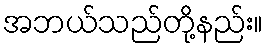
အဘယ်သည်တို့နည်း။